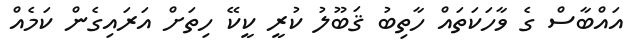
އައްބާސް ގެ ވާހަކަތައް ހާތިބު ޤަބޫލު ކުރީ ކީކޭ ހިތަށް އަރައިގެން ކަމެއް